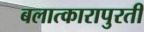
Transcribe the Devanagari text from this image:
बलात्कारापुरती